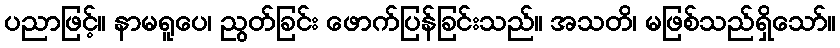
ပညာဖြင့်။ နာမရူပေ၊ ညွတ်ခြင်း ဖောက်ပြန်ခြင်းသည်။ အသတိ၊ မဖြစ်သည်ရှိသော်။